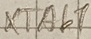
Text: XTAb7